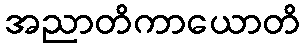
အညာတိကာယောတိ